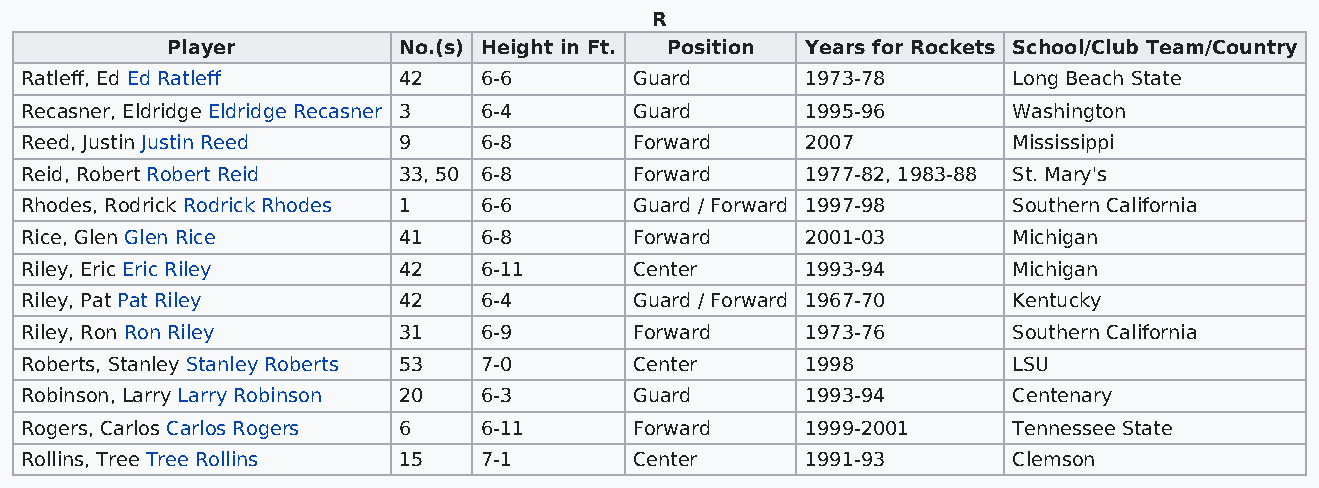
R
 Player         No.(s) Height in Ft. Position Years for Rockets School/Club Team/Country
 Ratleff, Ed Ed Ratleff   42    6-6       Guard      1973-78       Long Beach State
 Recasner, Eldridge Eldridge Recasner 3 6-4 Guard    1995-96       Washington
 Reed, Justin Justin Reed 9     6-8       Forward    2007          Mississippi
 Reid, Robert Robert Reid 33, 50 6-8      Forward    1977-82, 1983-88 St. Mary's
 Rhodes, Rodrick Rodrick Rhodes 1 6-6     Guard / Forward 1997-98  Southern California
 Rice, Glen Glen Rice     41    6-8       Forward    2001-03       Michigan
 Riley, Eric Eric Riley   42    6-11      Center     1993-94       Michigan
 Riley, Pat Pat Riley     42    6-4       Guard / Forward 1967-70  Kentucky
 Riley, Ron Ron Riley     31    6-9       Forward    1973-76       Southern California
 Roberts, Stanley Stanley Roberts 53 7-0  Center     1998          LSU
 Robinson, Larry Larry Robinson 20 6-3    Guard      1993-94       Centenary
 Rogers, Carlos Carlos Rogers 6 6-11      Forward    1999-2001     Tennessee State
 Rollins, Tree Tree Rollins 15  7-1       Center     1991-93       Clemson